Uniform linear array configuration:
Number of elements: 32
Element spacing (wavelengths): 0.5
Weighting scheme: exponential
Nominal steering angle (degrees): -45
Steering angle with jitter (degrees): -44.071
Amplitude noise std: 0.05
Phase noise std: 0.05

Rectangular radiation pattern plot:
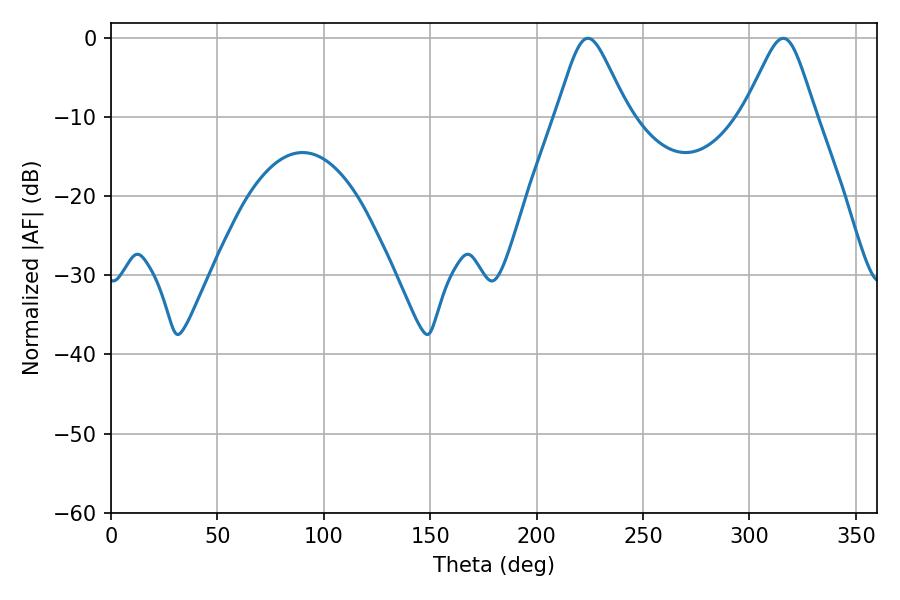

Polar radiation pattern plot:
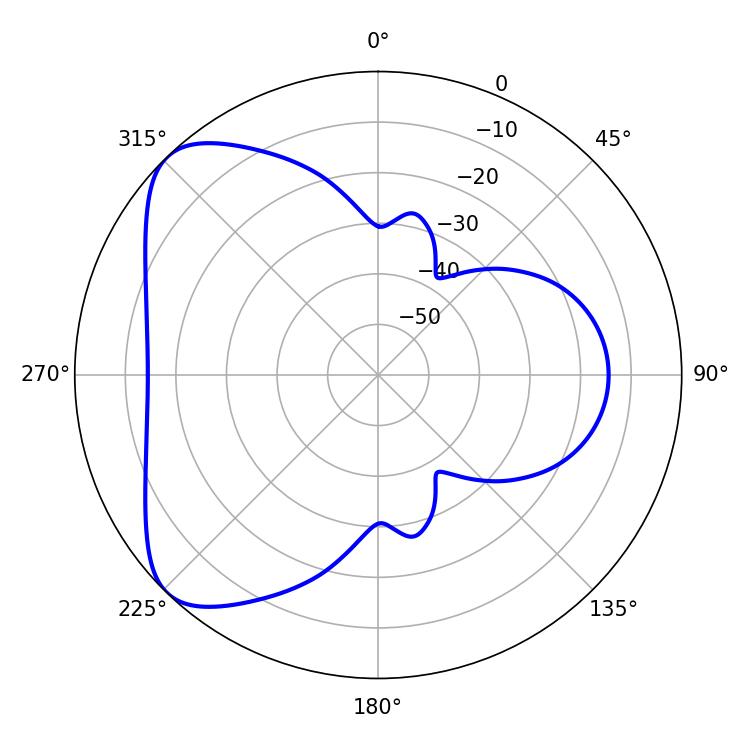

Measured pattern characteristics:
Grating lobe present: FALSE
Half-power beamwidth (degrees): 16.2
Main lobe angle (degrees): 224.1